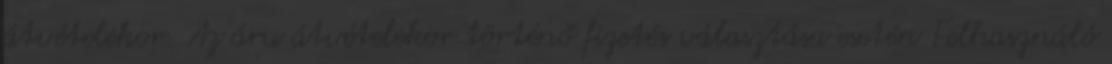
átvételekor. Az áru átvételekor történő fizetés választása esetén Felhasználó